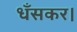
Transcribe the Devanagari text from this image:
धँसकर।